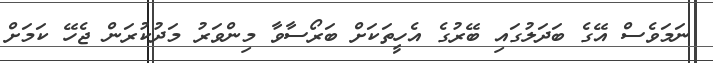
ނަމަވެސް އޭގެ ބަދަލުގައި ބޭރުގެ އެހީތަކަށް ބަރޯސާވާ މިންވަރު މަދުކުރަން ޖެހޭ ކަމަށް